Vaccination in Bombay 1874-1876 - 1874-1876
Year: 1874
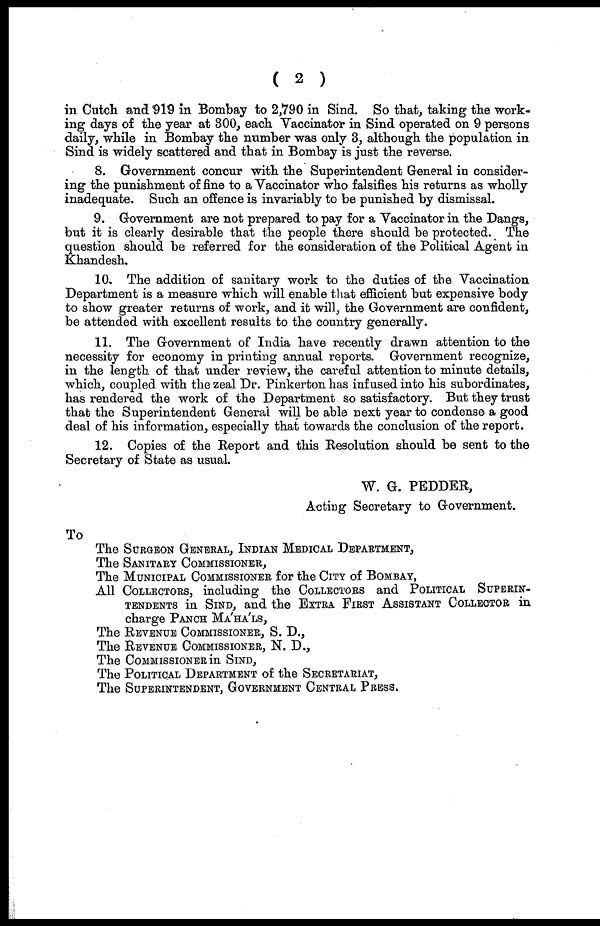
( 2 )
in Cutch and 919 in Bombay to 2,790 in Sind. So that, taking the work-
ing days of the year at 300, each Vaccinator in Sind operated on 9 persons
daily, while in Bombay the number was only 3, although the population in
Sind is widely scattered and that in Bombay is just the reverse.
8. Government concur with the Superintendent General in consider-
ing the punishment of fine to a Vaccinator who falsifies his returns as wholly
inadequate. Such an offence is invariably to be punished by dismissal.
9. Government are not prepared to pay for a Vaccinator in the Dangs,
but it is clearly desirable that the people there should be protected. The
question should be referred for the consideration of the Political Agent in
Khandesh.
10. The addition of sanitary work to the duties of the Vaccination
Department is a measure which will enable that efficient but expensive body
to show greater returns of work, and it will, the Government are confident,
be attended with excellent results to the country generally.
11. The Government of India have recently drawn attention to the
necessity for economy in printing annual reports. Government recognize,
in the length of that under review, the careful attention to minute details,
which, coupled with the zeal Dr. Pinkerton has infused into his subordinates,
has rendered the work of the Department so satisfactory. But they trust
that the Superintendent General will be able next year to condense a good
deal of his information, especially that towards the conclusion of the report.
12. Copies of the Report and this Resolution should be sent to the
Secretary of State as usual.
W. G. PEDDER,
Acting Secretary to Government.
To
The SURGEON GENERAL, INDIAN MEDICAL DEPARTMENT,
The SANITARY COMMISSIONER,
The MUNICIPAL COMMISSIONER for the CITY of BOMBAY,
All COLLECTORS, including the COLLECTORS and
POLITICAL SUPERIN-
-------- in SIND, and the EXTRA FIRST ASSISTANT COLLECTOR in
charge PANCH MÁHÁLS,
The REVENUE COMMISSIONER, S. D.,
The REVENUE COMMISSIONER, N. D.,
The COMMISSIONER in SIND,
The POLITICAL DEPARTMENT of the SECRETARIAT,
The SUPERINTENDENT, GOVERNMENT CENTRAL PRESS.